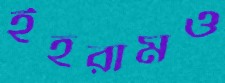
ইহরামও